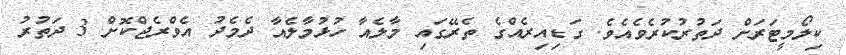
ކިލޯމީޓަރަށް ދަތުރުކުރެވެއެވެ. ގަޑިއިރެއްގެ ތެރޭގައި މާލެއާ ހުޅުމާލެއާ ދެމެދު އެވްރެޖްކޮށް 3 ދަތުރު